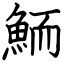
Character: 鮞